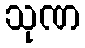
သုဏ